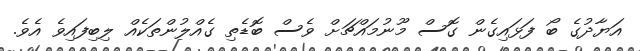
އަޔާދުގެ ބޯ ފަޅައިގެން ގޮސް މޫނުމައްޗަށް ވެސް ބޮޑެތި ގެއްލުންތަކެއް ލިބިފައިވެ އެވެ.